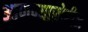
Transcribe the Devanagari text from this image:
आणण्याखेरीज